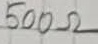
Text: 500Ω